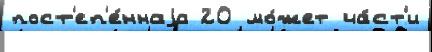
пост'еп'е́ннаjа 20 мо́жет ча́ст'и